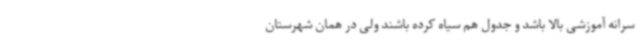
سرانه آموزشی بالا باشد و جدول هم سیاه کرده باشند ولی در همان شهرستان